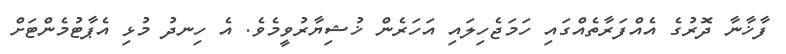
ފާޚާނާ ދޮރުގެ އެއްފަރާތެއްގައި ހަމަޖެހިލައި އަހަރެން ޚުޝިޔާރުވީމެވެ. އެ ހިނދު މުޅި އެޕާޓުމެންޓަށް